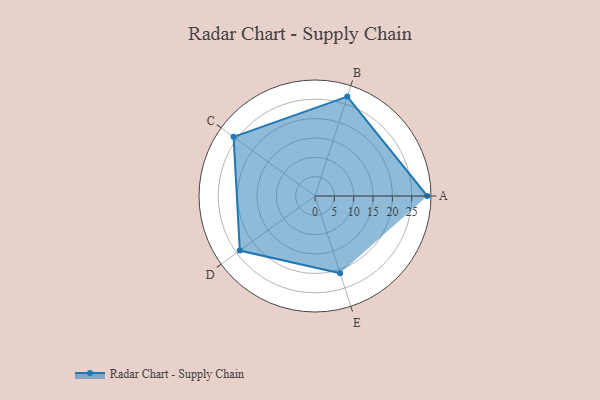
{"axis": {"x": "Skill", "y": "Score"}, "legend": ["Profile"], "data": [{"x": "A", "y": 29.0, "type": "Profile"}, {"x": "B", "y": 27.0, "type": "Profile"}, {"x": "C", "y": 26.0, "type": "Profile"}, {"x": "D", "y": 24.0, "type": "Profile"}, {"x": "E", "y": 21.0, "type": "Profile"}]}